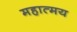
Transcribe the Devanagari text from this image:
महात्‍मय